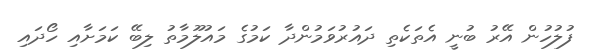
ފުލުހުން އޭރު ބުނީ އެތަކެތި ދައުރުވަމުންދާ ކަމުގެ މައުލޫމާތު ލިބޭ ކަމަށާއި ހޯދައި